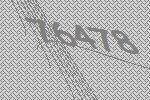
76478